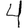
Digit: 4